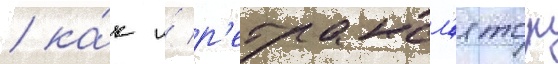
/ ка́к и́ р'етрансл'ятор